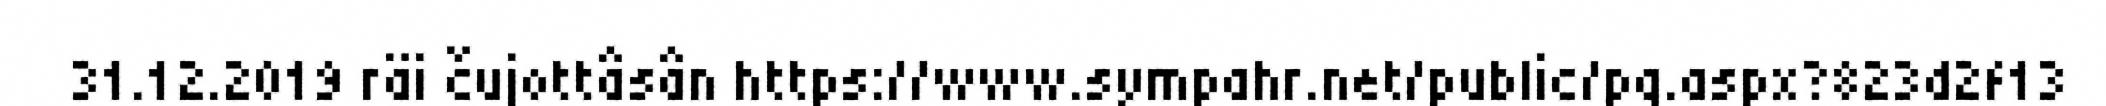
31.12.2019 räi čujottâsân https://www.sympahr.net/public/pq.aspx?823d2f13